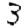
Digit: 3